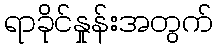
ရာခိုင်နှုန်းအတွက်